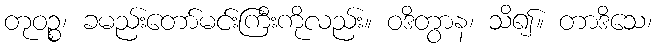
တုဝဉ္စ၊ ခမည်းတော်မင်းကြီးကိုလည်း။ ဝဒိတွာန၊ သိ၍။ တာဒိသေ၊